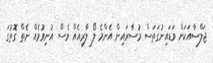
ޖަލްސާއަކަށް ވަޑައިނުގަތަސް މުސާރައިން އެންމެ ލޯ ލާރިއެއް ވެސް އުނިވުމެއް ނެތް ގޮތުގަ